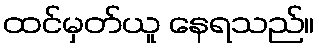
ထင်မှတ်ယူ နေရသည်။